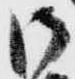
御